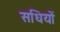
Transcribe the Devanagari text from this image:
सधियों